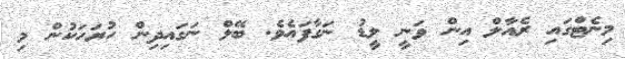
މިނެޓްގައި ރެއާލް އިން ވަނީ ލީޑު ނަގާފައެވެ. ބޭލް ނަގައިދިން ހުރަހަކުން މި